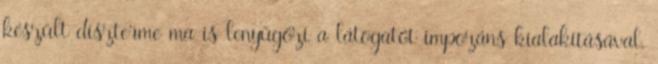
készült díszterme ma is lenyűgözi a látogatót impozáns kialakításával,